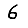
Digit: 6